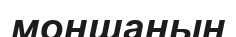
моншаның